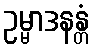
ဥမ္မာဒနန္တံ